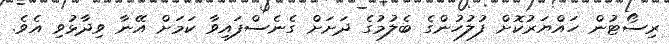
ރިސޯޓުން ހައްޔަރުކޮށް ފުލުހުންގެ ބެލުމުގެ ދަށަށް ގެނެސްފައިވާ ކަމަށް އޭނާ ވިދާޅުވި އެވެ.